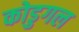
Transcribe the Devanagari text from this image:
कोडुगल